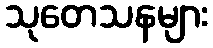
သုတေသနများ